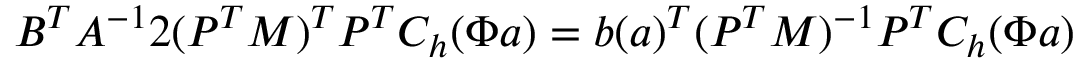
B ^ { T } A ^ { - 1 } 2 ( P ^ { T } M ) ^ { T } P ^ { T } C _ { h } ( \Phi \boldsymbol { a } ) = \boldsymbol { b } ( \boldsymbol { a } ) ^ { T } ( P ^ { T } M ) ^ { - 1 } P ^ { T } C _ { h } ( \Phi \boldsymbol { a } )